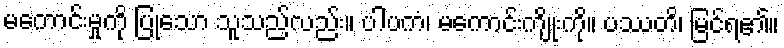
မကောင်းမှုကို ပြုသော သူသည်လည်း။ ပါပကံ၊ မကောင်းကျိုးကို။ ပဿတိ၊ မြင်ရ၏။